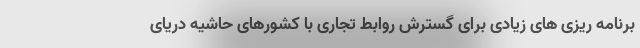
برنامه ریزی های زیادی برای گسترش روابط تجاری با کشورهای حاشیه دریای